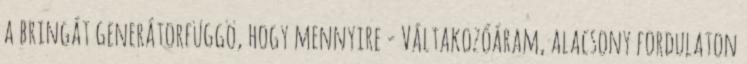
a bringát generátorfüggö, hogy mennyire - Váltakozóáram, alacsony fordulaton